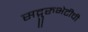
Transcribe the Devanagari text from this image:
सद्गुरुभेटीची